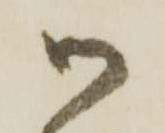
御